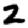
Digit: 2